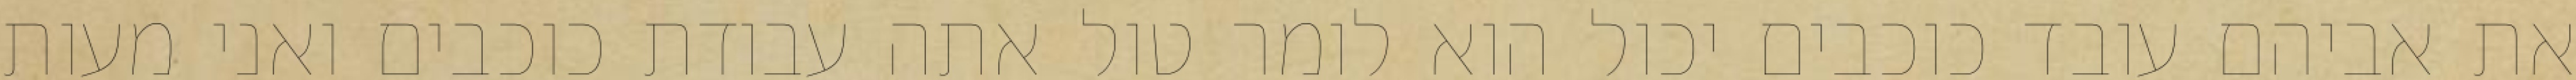
את אביהם עובד כוכבים יכול הוא לומר טול אתה עבודת כוכבים ואני מעות